Report of the Indian Hemp Drugs Commission, 1894-1895 - Volume V
Year: 1894
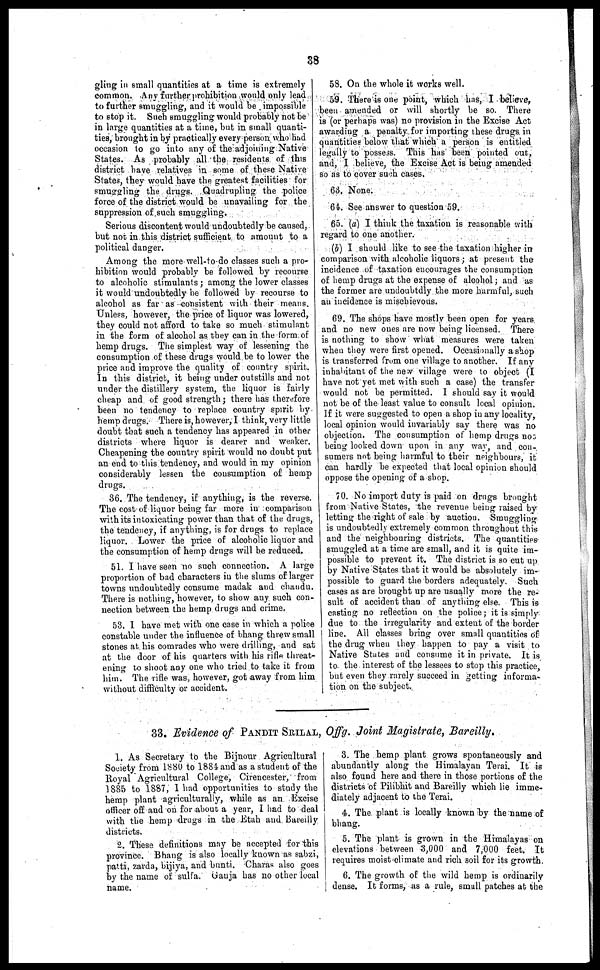
38
gling in small quantities at a time is extremely
common. Any further prohibition would only lead
to further smuggling, and it would be impossible
to stop it. Such smuggling would probably not be
in large quantities at a time, but in small quanti-
ties, brought in by practically every person who had
occasion to go into any of the adjoining Native
States. As probably all the residents of this
district have relatives in some of these Native
States, they would have the greatest facilities for
smuggling the drugs. Quadrupling the police
force of the district would be unavailing for the
suppression of such smuggling.
Serious discontent would undoubtedly be caused,
but not in this district sufficient to amount to a
political danger.
Among the more well-to-do classes such a pro-
hibition would probably be followed by recourse
to alcoholic stimulants ; among the lower classes
it would undoubtedly be followed by recourse to
alcohol as far as consistent with their means.
Unless, however, the price of liquor was lowered,
they could not afford to take so much stimulant
in the form of alcohol as they can in the form of
hemp drugs. The simplest way of lessening the
consumption of these drugs would be to lower the
price and improve the quality of country spirit.
In this district, it being under outstills and not
under the distillery system, the liquor is fairly
cheap and of good strength ; there has therefore
been no tendency to replace country spirit by
hemp drugs. There is, however, I think, very little
doubt that such a tendency has appeared in other
districts where liquor is dearer and weaker.
Cheapening the country spirit would no doubt put
an end to this tendency, and would in my opinion
considerably lessen the consumption of hemp
drugs.
86. The tendency, if anything, is the reverse.
The cost of liquor being far more in comparison
with its intoxicating power than that of the drugs,
the tendency, if anything, is for drugs to replace
liquor. Lower the price of alcoholic liquor and
the consumption of hemp drugs will be reduced.
51. I have seen no such connection. A large
proportion of bad characters in the slums of larger
towns undoubtedly consume madak and chaudu.
There is nothing, however, to show any such con-
nection between the hemp drugs and crime.
53. I have met with one case in which a police
constable under the influence of bhang threw small
stones at his comrades who were drilling, and 6at
at the door of his quarters with his rifle threat-
ening to shoot any one who tried to take it from
him. The rifle was, however, got away from him
without difficulty or accident.
58. On the whole it works well.
59. There is one point, which has, I believe,
been amended or will shortly be so. There
is (or perhaps was) no provision in the Excise Act
awarding a penalty for importing these drugs in
quantities below that which a person is entitled
legally to possess. This has been pointed out,
and, I believe, the Excise Act is being amended
so as to cover such cases.
63. None.
64. See answer to question 59.
65. (a) I think the taxation is reasonable with
regard to one another.
(b) I should like to see the taxation higher in
comparison with alcoholic liquors ; at present the
incidence of taxation encourages the consumption
of hemp drugs at the expense of alcohol ; and as
the former are undoubtdly the more harmful, such
an incidence is mischievous.
69. The shops have mostly been open for years
and no new ones are now being licensed. There
is nothing to show what measures were taken
when they were first opened. Occasionally a shop
is transferred from one village to another. If any
inhabitant of the new village were to object (I
have not yet met with 6uch a case) the transfer
would not be permitted. I should say it would
not be of the least value to consult local opinion.
If it were suggested to open a shop in any locality,
local opinion would invariably say there was no
objection. The consumption of hemp drugs not
being looked down upon in any way, and con-
sumers not being harmful to their neighbours, it
can hardly be expected that local opinion should
oppose the opening of a shop.
?0. No import duty is paid on drugs brought
from Native States, the revenue being raised by
letting the right of sale by auction. Smuggling
is undoubtedly extremely common throughout this
and the neighbouring districts. The quantities
smuggled at a time are small, and it is quite im-
possible to prevent it. The district is so cut up
by Native States that it would be absolutely im-
possible to guard the borders adequately. Such
cases as are brought up are usually more the re-
sult of accident than of anything else. This is
casting no reflection on the police; it is simply
due to the irregularity and extent of the border
line. All classes bring over small quantities of
the drug when they happen to pay a visit to
Native States and consume it in private. It is
to the interest of the lessees to stop this practice
but even they rarely succeed in getting informa-
tion on the subject.
33. Evidence of PANDIT SRILAL, Offg. Joint Magistrate, Bareilly.
1. As Secretary to the Bijnour Agricultural
Society from 1880 to 1884 and as a student of the
Royal Agricultural College, Cirencester, from
1885 to 1887, I had opportunities to study the
hemp plant agriculturally, while as an. Excise
officer off and on for about a year, I had to deal
with the hemp drugs in the Etah and Bareilly
districts.
2. These definitions may be accepted for this
province. Bhang is also locally known as sabzi,
patti, zarda, bijiya, and bunti. Charas also goes
by the name of sulfa. Ganja has no other local
name.
3. The hemp plant grows spontaneously and
abundantly along the Himalayan Terai. It is
also found here and there in those portions of the
districts of Pilibhit and Bareilly which lie imme-
diately adjacent to the Terai.
4. The plant is locally known by the name of
bhang.
5. The plant is grown in the Himalayas on
elevations between 3,000 and 7,000 feet. It
requires moist climate and rich soil for its growth.
6. The growth of the wild hemp is ordinarily
dense. It forms, as a rule, small patches at the